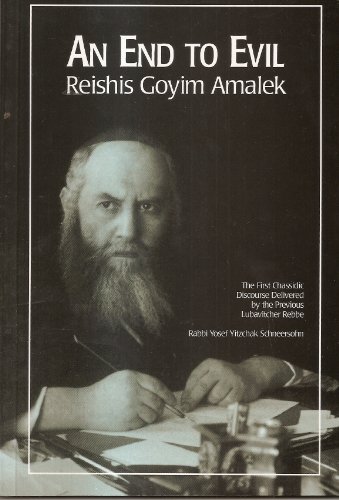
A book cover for An End to Evil: Reishis Goyim Amalek; R. Y. Y. Schneersohn; Religion & Spirituality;